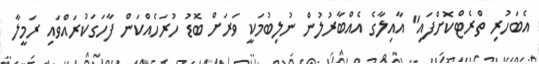
އެބަހުރި ތްރެޓްކޮށްފައި" އާއިލާގެ އެއްބާރުލުން ނުލިބުމަކީ ވަރަށް ބޮޑު ހުރަހެއްކަން ފާހަގަކުރައްވައި ރަމީލާ